Civil Veterinary Department Bihar & Orissa reports 1911-21 - 1911-1921
Year: 1911
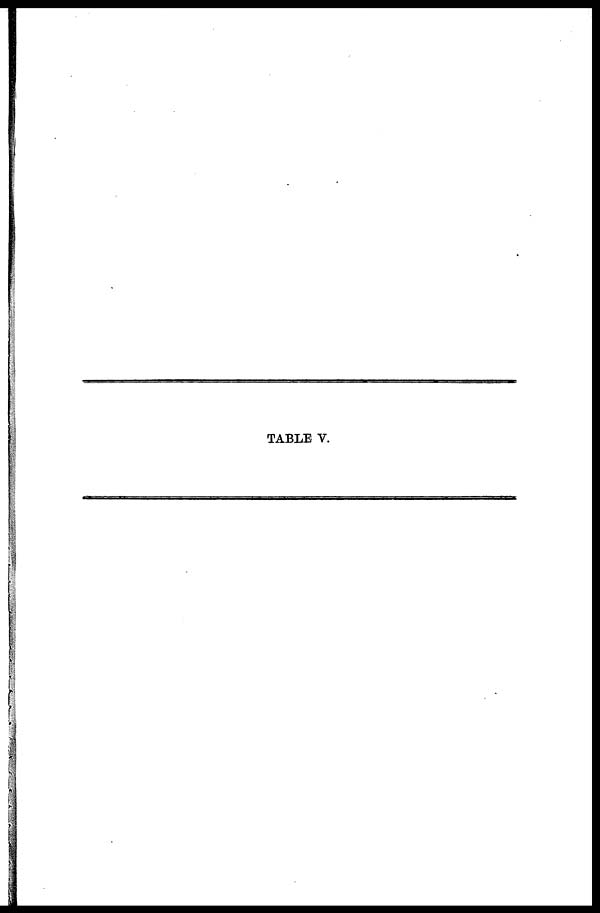
TABLE V.